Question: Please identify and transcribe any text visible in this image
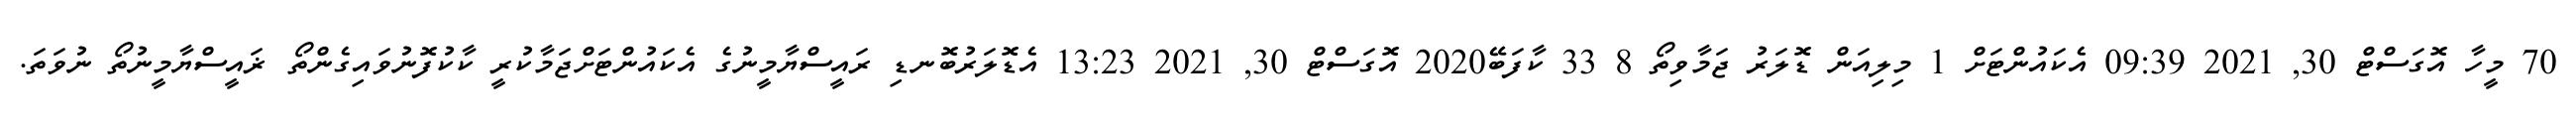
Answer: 70 މީހާ އޮގަސްޓް 30, 2021 09:39 އެކައުންޓަށް 1 މިލިއަން ޑޮލަރު ޖަމާވިތޯ 8 33 ކާފަބޭ2020 އޮގަސްޓް 30, 2021 13:23 އެޑޮލަރުބޮނޑި ރައީސްޔާމީނުގެ އެކައުންޓަށްޖަމާކުރީ ކާކުފޮނުވައިގެންތޯ ޜައީސްޔާމީނުތޯ ނުވަތަ.